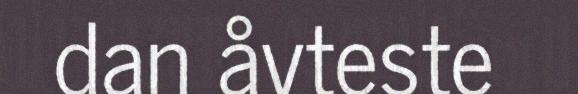
dan åvteste